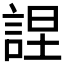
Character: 𧨚